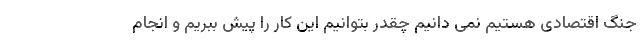
جنگ اقتصادی هستیم نمی دانیم چقدر بتوانیم این کار را پیش ببریم و انجام